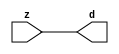

//------> /package/eda/mg/Catapult_10.3d/Mgc_home/pkgs/siflibs/mgc_in_wire_v2.v 
//------------------------------------------------------------------------------
// Catapult Synthesis - Sample I/O Port Library
//
// Copyright (c) 2003-2017 Mentor Graphics Corp.
//       All Rights Reserved
//
// This document may be used and distributed without restriction provided that
// this copyright statement is not removed from the file and that any derivative
// work contains this copyright notice.
//
// The design information contained in this file is intended to be an example
// of the functionality which the end user may study in preparation for creating
// their own custom interfaces. This design does not necessarily present a 
// complete implementation of the named protocol or standard.
//
//------------------------------------------------------------------------------


module mgc_in_wire_v2 (d, z);

  parameter integer rscid = 1;
  parameter integer width = 8;

  output [width-1:0] d;
  input  [width-1:0] z;

  wire   [width-1:0] d;

  assign d = z;

endmodule


//------> /package/eda/mg/Catapult_10.3d/Mgc_home/pkgs/siflibs/ccs_in_v1.v 
//------------------------------------------------------------------------------
// Catapult Synthesis - Sample I/O Port Library
//
// Copyright (c) 2003-2017 Mentor Graphics Corp.
//       All Rights Reserved
//
// This document may be used and distributed without restriction provided that
// this copyright statement is not removed from the file and that any derivative
// work contains this copyright notice.
//
// The design information contained in this file is intended to be an example
// of the functionality which the end user may study in preparation for creating
// their own custom interfaces. This design does not necessarily present a 
// complete implementation of the named protocol or standard.
//
//------------------------------------------------------------------------------


module ccs_in_v1 (idat, dat);

  parameter integer rscid = 1;
  parameter integer width = 8;

  output [width-1:0] idat;
  input  [width-1:0] dat;

  wire   [width-1:0] idat;

  assign idat = dat;

endmodule


//------> /package/eda/mg/Catapult_10.3d/Mgc_home/pkgs/siflibs/ccs_out_v1.v 
//------------------------------------------------------------------------------
// Catapult Synthesis - Sample I/O Port Library
//
// Copyright (c) 2003-2015 Mentor Graphics Corp.
//       All Rights Reserved
//
// This document may be used and distributed without restriction provided that
// this copyright statement is not removed from the file and that any derivative
// work contains this copyright notice.
//
// The design information contained in this file is intended to be an example
// of the functionality which the end user may study in preparation for creating
// their own custom interfaces. This design does not necessarily present a 
// complete implementation of the named protocol or standard.
//
//------------------------------------------------------------------------------

module ccs_out_v1 (dat, idat);

  parameter integer rscid = 1;
  parameter integer width = 8;

  output   [width-1:0] dat;
  input    [width-1:0] idat;

  wire     [width-1:0] dat;

  assign dat = idat;

endmodule




//------> /package/eda/mg/Catapult_10.3d/Mgc_home/pkgs/siflibs/mgc_io_sync_v2.v 
//------------------------------------------------------------------------------
// Catapult Synthesis - Sample I/O Port Library
//
// Copyright (c) 2003-2017 Mentor Graphics Corp.
//       All Rights Reserved
//
// This document may be used and distributed without restriction provided that
// this copyright statement is not removed from the file and that any derivative
// work contains this copyright notice.
//
// The design information contained in this file is intended to be an example
// of the functionality which the end user may study in preparation for creating
// their own custom interfaces. This design does not necessarily present a 
// complete implementation of the named protocol or standard.
//
//------------------------------------------------------------------------------


module mgc_io_sync_v2 (ld, lz);
    parameter valid = 0;

    input  ld;
    output lz;

    wire   lz;

    assign lz = ld;

endmodule


//------> ./rtl.v 
// ----------------------------------------------------------------------
//  HLS HDL:        Verilog Netlister
//  HLS Version:    10.3d/815731 Production Release
//  HLS Date:       Wed Apr 24 14:54:19 PDT 2019
// 
//  Generated by:   695r48@ecegrid-thin4.ecn.purdue.edu
//  Generated date: Sat Nov 13 22:52:56 2021
// ----------------------------------------------------------------------

// 
// ------------------------------------------------------------------
//  Design Unit:    fir_core_core_fsm
//  FSM Module
// ------------------------------------------------------------------


module fir_core_core_fsm (
  clk, rst, fsm_output
);
  input clk;
  input rst;
  output [13:0] fsm_output;
  reg [13:0] fsm_output;


  // FSM State Type Declaration for fir_core_core_fsm_1
  parameter
    main_C_0 = 4'd0,
    main_C_1 = 4'd1,
    main_C_2 = 4'd2,
    main_C_3 = 4'd3,
    main_C_4 = 4'd4,
    main_C_5 = 4'd5,
    main_C_6 = 4'd6,
    main_C_7 = 4'd7,
    main_C_8 = 4'd8,
    main_C_9 = 4'd9,
    main_C_10 = 4'd10,
    main_C_11 = 4'd11,
    main_C_12 = 4'd12,
    main_C_13 = 4'd13;

  reg [3:0] state_var;
  reg [3:0] state_var_NS;


  // Interconnect Declarations for Component Instantiations 
  always @(*)
  begin : fir_core_core_fsm_1
    case (state_var)
      main_C_1 : begin
        fsm_output = 14'b00000000000010;
        state_var_NS = main_C_2;
      end
      main_C_2 : begin
        fsm_output = 14'b00000000000100;
        state_var_NS = main_C_3;
      end
      main_C_3 : begin
        fsm_output = 14'b00000000001000;
        state_var_NS = main_C_4;
      end
      main_C_4 : begin
        fsm_output = 14'b00000000010000;
        state_var_NS = main_C_5;
      end
      main_C_5 : begin
        fsm_output = 14'b00000000100000;
        state_var_NS = main_C_6;
      end
      main_C_6 : begin
        fsm_output = 14'b00000001000000;
        state_var_NS = main_C_7;
      end
      main_C_7 : begin
        fsm_output = 14'b00000010000000;
        state_var_NS = main_C_8;
      end
      main_C_8 : begin
        fsm_output = 14'b00000100000000;
        state_var_NS = main_C_9;
      end
      main_C_9 : begin
        fsm_output = 14'b00001000000000;
        state_var_NS = main_C_10;
      end
      main_C_10 : begin
        fsm_output = 14'b00010000000000;
        state_var_NS = main_C_11;
      end
      main_C_11 : begin
        fsm_output = 14'b00100000000000;
        state_var_NS = main_C_12;
      end
      main_C_12 : begin
        fsm_output = 14'b01000000000000;
        state_var_NS = main_C_13;
      end
      main_C_13 : begin
        fsm_output = 14'b10000000000000;
        state_var_NS = main_C_0;
      end
      // main_C_0
      default : begin
        fsm_output = 14'b00000000000001;
        state_var_NS = main_C_1;
      end
    endcase
  end

  always @(posedge clk) begin
    if ( rst ) begin
      state_var <= main_C_0;
    end
    else begin
      state_var <= state_var_NS;
    end
  end

endmodule

// ------------------------------------------------------------------
//  Design Unit:    fir_core
// ------------------------------------------------------------------


module fir_core (
  clk, rst, coeffs_rsc_z, coeffs_rsc_triosy_lz, in1_rsc_dat, in1_rsc_triosy_lz, out1_rsc_dat,
      out1_rsc_triosy_lz
);
  input clk;
  input rst;
  input [511:0] coeffs_rsc_z;
  output coeffs_rsc_triosy_lz;
  input [15:0] in1_rsc_dat;
  output in1_rsc_triosy_lz;
  output [15:0] out1_rsc_dat;
  output out1_rsc_triosy_lz;


  // Interconnect Declarations
  wire [511:0] coeffs_rsci_d;
  wire [15:0] in1_rsci_idat;
  reg [15:0] out1_rsci_idat;
  reg out1_rsc_triosy_obj_ld;
  wire [13:0] fsm_output;
  reg [463:0] reg_MAC_io_read_coeffs_rsc_ftd_48;
  reg reg_in1_rsc_triosy_obj_ld_cse;
  reg [15:0] reg_MAC_asn_87_cse;
  reg [15:0] reg_MAC_asn_86_cse;
  reg [15:0] reg_MAC_asn_85_cse;
  reg [15:0] reg_MAC_asn_84_cse;
  reg [15:0] reg_MAC_asn_83_cse;
  reg [15:0] reg_MAC_asn_82_cse;
  reg [15:0] reg_MAC_asn_81_cse;
  reg [15:0] reg_MAC_asn_80_cse;
  reg [15:0] reg_MAC_asn_79_cse;
  reg [15:0] reg_MAC_asn_78_cse;
  reg [15:0] reg_MAC_asn_77_cse;
  reg [15:0] reg_MAC_asn_76_cse;
  reg [15:0] reg_MAC_asn_75_cse;
  reg [15:0] reg_MAC_asn_74_cse;
  reg [15:0] reg_MAC_asn_73_cse;
  reg [15:0] reg_MAC_asn_72_cse;
  reg [15:0] reg_MAC_asn_71_cse;
  reg [15:0] reg_MAC_asn_70_cse;
  reg [15:0] reg_MAC_asn_69_cse;
  reg [15:0] reg_MAC_asn_68_cse;
  reg [15:0] reg_MAC_asn_67_cse;
  reg [15:0] reg_MAC_asn_66_cse;
  reg [15:0] reg_MAC_asn_65_cse;
  reg [15:0] reg_MAC_asn_64_cse;
  reg [15:0] reg_MAC_asn_63_cse;
  reg [15:0] reg_MAC_asn_62_cse;
  wire [29:0] z_out;
  wire [30:0] nl_z_out;
  wire [29:0] z_out_1;
  wire [30:0] nl_z_out_1;
  wire [29:0] z_out_2;
  wire signed [31:0] nl_z_out_2;
  wire [29:0] z_out_3;
  wire signed [31:0] nl_z_out_3;
  wire [29:0] z_out_4;
  wire signed [31:0] nl_z_out_4;
  wire [29:0] z_out_5;
  wire signed [31:0] nl_z_out_5;
  wire [29:0] z_out_6;
  wire signed [31:0] nl_z_out_6;
  wire [29:0] z_out_7;
  wire signed [31:0] nl_z_out_7;
  wire [29:0] z_out_8;
  wire signed [31:0] nl_z_out_8;
  reg [15:0] regs_2_sva;
  reg [15:0] regs_29_sva;
  reg [15:0] regs_1_sva;
  reg [15:0] regs_30_sva;
  reg [15:0] regs_0_sva;
  reg [29:0] MAC_acc_25_itm;
  reg [29:0] MAC_acc_15_itm;
  reg [29:0] MAC_acc_13_itm;
  reg [29:0] MAC_13_mul_itm;
  reg [29:0] MAC_acc_10_itm;
  reg [29:0] MAC_28_mul_itm;
  reg [15:0] MAC_asn_90_itm;
  reg [29:0] MAC_acc_26_itm;
  wire MAC_acc_13_itm_mx0c2;
  wire [29:0] MAC_acc_22_mx0w0;
  wire [30:0] nl_MAC_acc_22_mx0w0;

  wire[29:0] MAC_acc_4_nl;
  wire[30:0] nl_MAC_acc_4_nl;
  wire[29:0] MAC_acc_nl;
  wire[30:0] nl_MAC_acc_nl;
  wire[29:0] MAC_acc_30_nl;
  wire[30:0] nl_MAC_acc_30_nl;
  wire[29:0] MAC_acc_19_nl;
  wire[30:0] nl_MAC_acc_19_nl;
  wire[29:0] MAC_acc_18_nl;
  wire[30:0] nl_MAC_acc_18_nl;
  wire[29:0] MAC_31_mul_nl;
  wire signed [31:0] nl_MAC_31_mul_nl;
  wire[29:0] MAC_32_mul_nl;
  wire signed [31:0] nl_MAC_32_mul_nl;
  wire[29:0] MAC_acc_16_nl;
  wire[30:0] nl_MAC_acc_16_nl;
  wire[29:0] MAC_3_mul_nl;
  wire signed [31:0] nl_MAC_3_mul_nl;
  wire[29:0] MAC_4_mul_nl;
  wire signed [31:0] nl_MAC_4_mul_nl;
  wire[29:0] MAC_acc_14_nl;
  wire[30:0] nl_MAC_acc_14_nl;
  wire[29:0] MAC_8_mul_nl;
  wire signed [31:0] nl_MAC_8_mul_nl;
  wire[29:0] MAC_acc_12_nl;
  wire[30:0] nl_MAC_acc_12_nl;
  wire[29:0] MAC_11_mul_nl;
  wire signed [31:0] nl_MAC_11_mul_nl;
  wire[29:0] MAC_12_mul_nl;
  wire signed [31:0] nl_MAC_12_mul_nl;
  wire[29:0] MAC_acc_10_nl;
  wire[30:0] nl_MAC_acc_10_nl;
  wire[29:0] MAC_15_mul_nl;
  wire signed [31:0] nl_MAC_15_mul_nl;
  wire[29:0] MAC_16_mul_nl;
  wire signed [31:0] nl_MAC_16_mul_nl;
  wire[29:0] MAC_acc_8_nl;
  wire[30:0] nl_MAC_acc_8_nl;
  wire[29:0] MAC_20_mul_nl;
  wire signed [31:0] nl_MAC_20_mul_nl;
  wire[29:0] MAC_acc_6_nl;
  wire[30:0] nl_MAC_acc_6_nl;
  wire[29:0] MAC_23_mul_nl;
  wire signed [31:0] nl_MAC_23_mul_nl;
  wire[29:0] MAC_24_mul_nl;
  wire signed [31:0] nl_MAC_24_mul_nl;
  wire[29:0] MAC_acc_17_nl;
  wire[30:0] nl_MAC_acc_17_nl;
  wire[29:0] MAC_2_mul_nl;
  wire signed [31:0] nl_MAC_2_mul_nl;
  wire[29:0] MAC_acc_11_nl;
  wire[30:0] nl_MAC_acc_11_nl;
  wire[29:0] MAC_14_mul_nl;
  wire signed [31:0] nl_MAC_14_mul_nl;
  wire[29:0] MAC_acc_27_nl;
  wire[30:0] nl_MAC_acc_27_nl;
  wire[0:0] MAC_or_10_nl;
  wire[29:0] MAC_acc_3_nl;
  wire[30:0] nl_MAC_acc_3_nl;
  wire[29:0] MAC_acc_13_nl;
  wire[30:0] nl_MAC_acc_13_nl;
  wire[29:0] MAC_acc_9_nl;
  wire[30:0] nl_MAC_acc_9_nl;
  wire[29:0] MAC_acc_5_nl;
  wire[30:0] nl_MAC_acc_5_nl;
  wire[29:0] MAC_acc_7_nl;
  wire[30:0] nl_MAC_acc_7_nl;
  wire[29:0] MAC_acc_15_nl;
  wire[30:0] nl_MAC_acc_15_nl;
  wire[29:0] MAC_acc_29_nl;
  wire[30:0] nl_MAC_acc_29_nl;
  wire[29:0] MAC_acc_32_nl;
  wire[30:0] nl_MAC_acc_32_nl;
  wire[29:0] MAC_mux_16_nl;
  wire[29:0] MAC_mux_17_nl;
  wire[0:0] MAC_or_11_nl;
  wire[29:0] MAC_mux_18_nl;
  wire[0:0] or_128_nl;
  wire[15:0] MAC_mux1h_8_nl;
  wire[15:0] MAC_mux1h_9_nl;
  wire[15:0] MAC_mux_19_nl;
  wire[15:0] MAC_mux_20_nl;
  wire[15:0] MAC_mux_21_nl;
  wire[15:0] MAC_mux_22_nl;
  wire[15:0] MAC_mux_23_nl;
  wire[15:0] MAC_mux_24_nl;
  wire[15:0] MAC_mux_25_nl;
  wire[15:0] MAC_mux_26_nl;
  wire[15:0] MAC_mux_27_nl;
  wire[15:0] MAC_mux_28_nl;
  wire[15:0] MAC_mux_29_nl;
  wire[15:0] MAC_mux_30_nl;

  // Interconnect Declarations for Component Instantiations 
  mgc_in_wire_v2 #(.rscid(32'sd1),
  .width(32'sd512)) coeffs_rsci (
      .d(coeffs_rsci_d),
      .z(coeffs_rsc_z)
    );
  ccs_in_v1 #(.rscid(32'sd2),
  .width(32'sd16)) in1_rsci (
      .dat(in1_rsc_dat),
      .idat(in1_rsci_idat)
    );
  ccs_out_v1 #(.rscid(32'sd3),
  .width(32'sd16)) out1_rsci (
      .idat(out1_rsci_idat),
      .dat(out1_rsc_dat)
    );
  mgc_io_sync_v2 #(.valid(32'sd0)) coeffs_rsc_triosy_obj (
      .ld(reg_in1_rsc_triosy_obj_ld_cse),
      .lz(coeffs_rsc_triosy_lz)
    );
  mgc_io_sync_v2 #(.valid(32'sd0)) in1_rsc_triosy_obj (
      .ld(reg_in1_rsc_triosy_obj_ld_cse),
      .lz(in1_rsc_triosy_lz)
    );
  mgc_io_sync_v2 #(.valid(32'sd0)) out1_rsc_triosy_obj (
      .ld(out1_rsc_triosy_obj_ld),
      .lz(out1_rsc_triosy_lz)
    );
  fir_core_core_fsm fir_core_core_fsm_inst (
      .clk(clk),
      .rst(rst),
      .fsm_output(fsm_output)
    );
  assign nl_MAC_acc_22_mx0w0 = MAC_13_mul_itm + MAC_acc_10_itm;
  assign MAC_acc_22_mx0w0 = nl_MAC_acc_22_mx0w0[29:0];
  assign MAC_acc_13_itm_mx0c2 = (fsm_output[9]) | (fsm_output[6]);
  always @(posedge clk) begin
    if ( rst ) begin
      out1_rsci_idat <= 16'b0000000000000000;
    end
    else if ( fsm_output[12] ) begin
      out1_rsci_idat <= z_out[29:14];
    end
  end
  always @(posedge clk) begin
    if ( rst ) begin
      reg_MAC_asn_85_cse <= 16'b0000000000000000;
    end
    else if ( fsm_output[13] ) begin
      reg_MAC_asn_85_cse <= reg_MAC_asn_84_cse;
    end
  end
  always @(posedge clk) begin
    if ( rst ) begin
      reg_MAC_asn_84_cse <= 16'b0000000000000000;
    end
    else if ( fsm_output[13] ) begin
      reg_MAC_asn_84_cse <= reg_MAC_asn_83_cse;
    end
  end
  always @(posedge clk) begin
    if ( rst ) begin
      reg_MAC_asn_83_cse <= 16'b0000000000000000;
    end
    else if ( fsm_output[13] ) begin
      reg_MAC_asn_83_cse <= reg_MAC_asn_82_cse;
    end
  end
  always @(posedge clk) begin
    if ( rst ) begin
      reg_MAC_asn_81_cse <= 16'b0000000000000000;
    end
    else if ( fsm_output[13] ) begin
      reg_MAC_asn_81_cse <= reg_MAC_asn_80_cse;
    end
  end
  always @(posedge clk) begin
    if ( rst ) begin
      reg_MAC_asn_82_cse <= 16'b0000000000000000;
    end
    else if ( fsm_output[13] ) begin
      reg_MAC_asn_82_cse <= reg_MAC_asn_81_cse;
    end
  end
  always @(posedge clk) begin
    if ( rst ) begin
      reg_MAC_asn_79_cse <= 16'b0000000000000000;
    end
    else if ( fsm_output[13] ) begin
      reg_MAC_asn_79_cse <= reg_MAC_asn_78_cse;
    end
  end
  always @(posedge clk) begin
    if ( rst ) begin
      reg_MAC_asn_80_cse <= 16'b0000000000000000;
    end
    else if ( fsm_output[13] ) begin
      reg_MAC_asn_80_cse <= reg_MAC_asn_79_cse;
    end
  end
  always @(posedge clk) begin
    if ( rst ) begin
      reg_MAC_asn_78_cse <= 16'b0000000000000000;
    end
    else if ( fsm_output[13] ) begin
      reg_MAC_asn_78_cse <= reg_MAC_asn_77_cse;
    end
  end
  always @(posedge clk) begin
    if ( rst ) begin
      reg_MAC_asn_77_cse <= 16'b0000000000000000;
    end
    else if ( fsm_output[13] ) begin
      reg_MAC_asn_77_cse <= reg_MAC_asn_76_cse;
    end
  end
  always @(posedge clk) begin
    if ( rst ) begin
      reg_MAC_asn_75_cse <= 16'b0000000000000000;
    end
    else if ( fsm_output[13] ) begin
      reg_MAC_asn_75_cse <= reg_MAC_asn_74_cse;
    end
  end
  always @(posedge clk) begin
    if ( rst ) begin
      reg_MAC_asn_76_cse <= 16'b0000000000000000;
    end
    else if ( fsm_output[13] ) begin
      reg_MAC_asn_76_cse <= reg_MAC_asn_75_cse;
    end
  end
  always @(posedge clk) begin
    if ( rst ) begin
      reg_MAC_asn_73_cse <= 16'b0000000000000000;
    end
    else if ( fsm_output[13] ) begin
      reg_MAC_asn_73_cse <= reg_MAC_asn_72_cse;
    end
  end
  always @(posedge clk) begin
    if ( rst ) begin
      reg_MAC_asn_74_cse <= 16'b0000000000000000;
    end
    else if ( fsm_output[13] ) begin
      reg_MAC_asn_74_cse <= reg_MAC_asn_73_cse;
    end
  end
  always @(posedge clk) begin
    if ( rst ) begin
      reg_MAC_asn_72_cse <= 16'b0000000000000000;
    end
    else if ( fsm_output[13] ) begin
      reg_MAC_asn_72_cse <= reg_MAC_asn_71_cse;
    end
  end
  always @(posedge clk) begin
    if ( rst ) begin
      reg_MAC_asn_71_cse <= 16'b0000000000000000;
    end
    else if ( fsm_output[13] ) begin
      reg_MAC_asn_71_cse <= reg_MAC_asn_70_cse;
    end
  end
  always @(posedge clk) begin
    if ( rst ) begin
      reg_MAC_asn_69_cse <= 16'b0000000000000000;
    end
    else if ( fsm_output[13] ) begin
      reg_MAC_asn_69_cse <= reg_MAC_asn_68_cse;
    end
  end
  always @(posedge clk) begin
    if ( rst ) begin
      reg_MAC_asn_70_cse <= 16'b0000000000000000;
    end
    else if ( fsm_output[13] ) begin
      reg_MAC_asn_70_cse <= reg_MAC_asn_69_cse;
    end
  end
  always @(posedge clk) begin
    if ( rst ) begin
      reg_MAC_asn_67_cse <= 16'b0000000000000000;
    end
    else if ( fsm_output[13] ) begin
      reg_MAC_asn_67_cse <= reg_MAC_asn_66_cse;
    end
  end
  always @(posedge clk) begin
    if ( rst ) begin
      reg_MAC_asn_68_cse <= 16'b0000000000000000;
    end
    else if ( fsm_output[13] ) begin
      reg_MAC_asn_68_cse <= reg_MAC_asn_67_cse;
    end
  end
  always @(posedge clk) begin
    if ( rst ) begin
      reg_MAC_asn_66_cse <= 16'b0000000000000000;
    end
    else if ( fsm_output[13] ) begin
      reg_MAC_asn_66_cse <= reg_MAC_asn_65_cse;
    end
  end
  always @(posedge clk) begin
    if ( rst ) begin
      reg_MAC_asn_65_cse <= 16'b0000000000000000;
    end
    else if ( fsm_output[13] ) begin
      reg_MAC_asn_65_cse <= reg_MAC_asn_64_cse;
    end
  end
  always @(posedge clk) begin
    if ( rst ) begin
      reg_MAC_asn_63_cse <= 16'b0000000000000000;
    end
    else if ( fsm_output[13] ) begin
      reg_MAC_asn_63_cse <= reg_MAC_asn_62_cse;
    end
  end
  always @(posedge clk) begin
    if ( rst ) begin
      reg_MAC_asn_64_cse <= 16'b0000000000000000;
    end
    else if ( fsm_output[13] ) begin
      reg_MAC_asn_64_cse <= reg_MAC_asn_63_cse;
    end
  end
  always @(posedge clk) begin
    if ( rst ) begin
      regs_2_sva <= 16'b0000000000000000;
    end
    else if ( fsm_output[13] ) begin
      regs_2_sva <= regs_1_sva;
    end
  end
  always @(posedge clk) begin
    if ( rst ) begin
      reg_MAC_asn_62_cse <= 16'b0000000000000000;
    end
    else if ( fsm_output[13] ) begin
      reg_MAC_asn_62_cse <= regs_2_sva;
    end
  end
  always @(posedge clk) begin
    if ( rst ) begin
      regs_1_sva <= 16'b0000000000000000;
    end
    else if ( fsm_output[0] ) begin
      regs_1_sva <= regs_0_sva;
    end
  end
  always @(posedge clk) begin
    if ( rst ) begin
      reg_MAC_asn_87_cse <= 16'b0000000000000000;
    end
    else if ( fsm_output[13] ) begin
      reg_MAC_asn_87_cse <= reg_MAC_asn_86_cse;
    end
  end
  always @(posedge clk) begin
    if ( rst ) begin
      reg_MAC_asn_86_cse <= 16'b0000000000000000;
    end
    else if ( fsm_output[13] ) begin
      reg_MAC_asn_86_cse <= reg_MAC_asn_85_cse;
    end
  end
  always @(posedge clk) begin
    if ( rst ) begin
      out1_rsc_triosy_obj_ld <= 1'b0;
      reg_in1_rsc_triosy_obj_ld_cse <= 1'b0;
      MAC_asn_90_itm <= 16'b0000000000000000;
      MAC_13_mul_itm <= 30'b000000000000000000000000000000;
    end
    else begin
      out1_rsc_triosy_obj_ld <= fsm_output[12];
      reg_in1_rsc_triosy_obj_ld_cse <= fsm_output[0];
      MAC_asn_90_itm <= MUX_v_16_2_2(in1_rsci_idat, regs_30_sva, fsm_output[13]);
      MAC_13_mul_itm <= MUX1HOT_v_30_4_2(z_out_2, (MAC_acc_17_nl), (MAC_acc_11_nl),
          (MAC_acc_27_nl), {(MAC_or_10_nl) , (fsm_output[2]) , (fsm_output[6]) ,
          (fsm_output[10])});
    end
  end
  always @(posedge clk) begin
    if ( rst ) begin
      regs_0_sva <= 16'b0000000000000000;
    end
    else if ( fsm_output[1] ) begin
      regs_0_sva <= MAC_asn_90_itm;
    end
  end
  always @(posedge clk) begin
    if ( rst ) begin
      regs_30_sva <= 16'b0000000000000000;
    end
    else if ( fsm_output[13] ) begin
      regs_30_sva <= regs_29_sva;
    end
  end
  always @(posedge clk) begin
    if ( rst ) begin
      regs_29_sva <= 16'b0000000000000000;
    end
    else if ( fsm_output[13] ) begin
      regs_29_sva <= reg_MAC_asn_87_cse;
    end
  end
  always @(posedge clk) begin
    if ( rst ) begin
      MAC_28_mul_itm <= 30'b000000000000000000000000000000;
    end
    else if ( (fsm_output[1]) | (fsm_output[0]) | (fsm_output[11]) | (fsm_output[10])
        ) begin
      MAC_28_mul_itm <= MUX1HOT_v_30_4_2(z_out_2, z_out_3, (MAC_acc_4_nl), (MAC_acc_nl),
          {(fsm_output[0]) , (fsm_output[1]) , (fsm_output[10]) , (fsm_output[11])});
    end
  end
  always @(posedge clk) begin
    if ( rst ) begin
      MAC_acc_10_itm <= 30'b000000000000000000000000000000;
    end
    else if ( (fsm_output[0]) | (fsm_output[2]) | (fsm_output[4]) | (fsm_output[5])
        | (fsm_output[6]) | (fsm_output[8]) | (fsm_output[9]) ) begin
      MAC_acc_10_itm <= MUX1HOT_v_30_7_2((MAC_acc_18_nl), (MAC_acc_16_nl), (MAC_acc_14_nl),
          (MAC_acc_12_nl), (MAC_acc_10_nl), (MAC_acc_8_nl), (MAC_acc_6_nl), {(fsm_output[0])
          , (fsm_output[2]) , (fsm_output[4]) , (fsm_output[5]) , (fsm_output[6])
          , (fsm_output[8]) , (fsm_output[9])});
    end
  end
  always @(posedge clk) begin
    if ( rst ) begin
      MAC_acc_13_itm <= 30'b000000000000000000000000000000;
    end
    else if ( (fsm_output[1]) | (fsm_output[10]) | (fsm_output[4]) | (fsm_output[7])
        | MAC_acc_13_itm_mx0c2 ) begin
      MAC_acc_13_itm <= MUX1HOT_v_30_5_2((MAC_acc_3_nl), (MAC_acc_13_nl), z_out_1,
          (MAC_acc_9_nl), (MAC_acc_5_nl), {(fsm_output[1]) , (fsm_output[4]) , MAC_acc_13_itm_mx0c2
          , (fsm_output[7]) , (fsm_output[10])});
    end
  end
  always @(posedge clk) begin
    if ( rst ) begin
      MAC_acc_26_itm <= 30'b000000000000000000000000000000;
    end
    else if ( fsm_output[2] ) begin
      MAC_acc_26_itm <= z_out_1;
    end
  end
  always @(posedge clk) begin
    if ( rst ) begin
      MAC_acc_25_itm <= 30'b000000000000000000000000000000;
    end
    else if ( (fsm_output[8]) | (fsm_output[3]) ) begin
      MAC_acc_25_itm <= MUX_v_30_2_2(MAC_acc_22_mx0w0, (MAC_acc_7_nl), fsm_output[8]);
    end
  end
  always @(posedge clk) begin
    if ( rst ) begin
      MAC_acc_15_itm <= 30'b000000000000000000000000000000;
    end
    else if ( (fsm_output[5]) | (fsm_output[7]) | (fsm_output[3]) ) begin
      MAC_acc_15_itm <= MUX1HOT_v_30_3_2((MAC_acc_15_nl), (MAC_acc_29_nl), (MAC_acc_32_nl),
          {(fsm_output[3]) , (fsm_output[5]) , (fsm_output[7])});
    end
  end
  always @(posedge clk) begin
    if ( rst ) begin
      reg_MAC_io_read_coeffs_rsc_ftd_48 <= 464'b00000000000000000000000000000000000000000000000000000000000000000000000000000000000000000000000000000000000000000000000000000000000000000000000000000000000000000000000000000000000000000000000000000000000000000000000000000000000000000000000000000000000000000000000000000000000000000000000000000000000000000000000000000000000000000000000000000000000000000000000000000000000000000000000000000000000000000000000000000000000000000000000000000000000000000000000000000000;
    end
    else if ( fsm_output[0] ) begin
      reg_MAC_io_read_coeffs_rsc_ftd_48 <= coeffs_rsci_d[463:0];
    end
  end
  assign nl_MAC_2_mul_nl = $signed(regs_1_sva) * $signed((reg_MAC_io_read_coeffs_rsc_ftd_48[31:16]));
  assign MAC_2_mul_nl = nl_MAC_2_mul_nl[29:0];
  assign nl_MAC_acc_17_nl = MAC_13_mul_itm + (MAC_2_mul_nl);
  assign MAC_acc_17_nl = nl_MAC_acc_17_nl[29:0];
  assign nl_MAC_14_mul_nl = $signed(reg_MAC_asn_72_cse) * $signed((reg_MAC_io_read_coeffs_rsc_ftd_48[223:208]));
  assign MAC_14_mul_nl = nl_MAC_14_mul_nl[29:0];
  assign nl_MAC_acc_11_nl = MAC_13_mul_itm + (MAC_14_mul_nl);
  assign MAC_acc_11_nl = nl_MAC_acc_11_nl[29:0];
  assign nl_MAC_acc_27_nl = MAC_acc_13_itm + z_out;
  assign MAC_acc_27_nl = nl_MAC_acc_27_nl[29:0];
  assign MAC_or_10_nl = (fsm_output[1]) | (fsm_output[3]) | (fsm_output[5]) | (fsm_output[7])
      | (fsm_output[9]);
  assign nl_MAC_acc_4_nl = z_out_4 + MAC_28_mul_itm;
  assign MAC_acc_4_nl = nl_MAC_acc_4_nl[29:0];
  assign nl_MAC_acc_19_nl = MAC_acc_13_itm + MAC_28_mul_itm;
  assign MAC_acc_19_nl = nl_MAC_acc_19_nl[29:0];
  assign nl_MAC_acc_30_nl = (MAC_acc_19_nl) + MAC_acc_26_itm;
  assign MAC_acc_30_nl = nl_MAC_acc_30_nl[29:0];
  assign nl_MAC_acc_nl = MAC_13_mul_itm + (MAC_acc_30_nl);
  assign MAC_acc_nl = nl_MAC_acc_nl[29:0];
  assign nl_MAC_31_mul_nl = $signed(regs_30_sva) * $signed((coeffs_rsci_d[495:480]));
  assign MAC_31_mul_nl = nl_MAC_31_mul_nl[29:0];
  assign nl_MAC_32_mul_nl = $signed(MAC_asn_90_itm) * $signed((coeffs_rsci_d[511:496]));
  assign MAC_32_mul_nl = nl_MAC_32_mul_nl[29:0];
  assign nl_MAC_acc_18_nl = (MAC_31_mul_nl) + (MAC_32_mul_nl);
  assign MAC_acc_18_nl = nl_MAC_acc_18_nl[29:0];
  assign nl_MAC_3_mul_nl = $signed(regs_2_sva) * $signed((reg_MAC_io_read_coeffs_rsc_ftd_48[47:32]));
  assign MAC_3_mul_nl = nl_MAC_3_mul_nl[29:0];
  assign nl_MAC_4_mul_nl = $signed(reg_MAC_asn_62_cse) * $signed((reg_MAC_io_read_coeffs_rsc_ftd_48[63:48]));
  assign MAC_4_mul_nl = nl_MAC_4_mul_nl[29:0];
  assign nl_MAC_acc_16_nl = (MAC_3_mul_nl) + (MAC_4_mul_nl);
  assign MAC_acc_16_nl = nl_MAC_acc_16_nl[29:0];
  assign nl_MAC_8_mul_nl = $signed(reg_MAC_asn_66_cse) * $signed((reg_MAC_io_read_coeffs_rsc_ftd_48[127:112]));
  assign MAC_8_mul_nl = nl_MAC_8_mul_nl[29:0];
  assign nl_MAC_acc_14_nl = MAC_13_mul_itm + (MAC_8_mul_nl);
  assign MAC_acc_14_nl = nl_MAC_acc_14_nl[29:0];
  assign nl_MAC_11_mul_nl = $signed(reg_MAC_asn_69_cse) * $signed((reg_MAC_io_read_coeffs_rsc_ftd_48[175:160]));
  assign MAC_11_mul_nl = nl_MAC_11_mul_nl[29:0];
  assign nl_MAC_12_mul_nl = $signed(reg_MAC_asn_70_cse) * $signed((reg_MAC_io_read_coeffs_rsc_ftd_48[191:176]));
  assign MAC_12_mul_nl = nl_MAC_12_mul_nl[29:0];
  assign nl_MAC_acc_12_nl = (MAC_11_mul_nl) + (MAC_12_mul_nl);
  assign MAC_acc_12_nl = nl_MAC_acc_12_nl[29:0];
  assign nl_MAC_15_mul_nl = $signed(reg_MAC_asn_73_cse) * $signed((reg_MAC_io_read_coeffs_rsc_ftd_48[239:224]));
  assign MAC_15_mul_nl = nl_MAC_15_mul_nl[29:0];
  assign nl_MAC_16_mul_nl = $signed(reg_MAC_asn_74_cse) * $signed((reg_MAC_io_read_coeffs_rsc_ftd_48[255:240]));
  assign MAC_16_mul_nl = nl_MAC_16_mul_nl[29:0];
  assign nl_MAC_acc_10_nl = (MAC_15_mul_nl) + (MAC_16_mul_nl);
  assign MAC_acc_10_nl = nl_MAC_acc_10_nl[29:0];
  assign nl_MAC_20_mul_nl = $signed(reg_MAC_asn_78_cse) * $signed((reg_MAC_io_read_coeffs_rsc_ftd_48[319:304]));
  assign MAC_20_mul_nl = nl_MAC_20_mul_nl[29:0];
  assign nl_MAC_acc_8_nl = MAC_13_mul_itm + (MAC_20_mul_nl);
  assign MAC_acc_8_nl = nl_MAC_acc_8_nl[29:0];
  assign nl_MAC_23_mul_nl = $signed(reg_MAC_asn_81_cse) * $signed((reg_MAC_io_read_coeffs_rsc_ftd_48[367:352]));
  assign MAC_23_mul_nl = nl_MAC_23_mul_nl[29:0];
  assign nl_MAC_24_mul_nl = $signed(reg_MAC_asn_82_cse) * $signed((reg_MAC_io_read_coeffs_rsc_ftd_48[383:368]));
  assign MAC_24_mul_nl = nl_MAC_24_mul_nl[29:0];
  assign nl_MAC_acc_6_nl = (MAC_23_mul_nl) + (MAC_24_mul_nl);
  assign MAC_acc_6_nl = nl_MAC_acc_6_nl[29:0];
  assign nl_MAC_acc_3_nl = z_out_8 + MAC_28_mul_itm;
  assign MAC_acc_3_nl = nl_MAC_acc_3_nl[29:0];
  assign nl_MAC_acc_13_nl = z_out_4 + z_out_5;
  assign MAC_acc_13_nl = nl_MAC_acc_13_nl[29:0];
  assign nl_MAC_acc_9_nl = z_out_7 + z_out_6;
  assign MAC_acc_9_nl = nl_MAC_acc_9_nl[29:0];
  assign nl_MAC_acc_5_nl = MAC_13_mul_itm + z_out_5;
  assign MAC_acc_5_nl = nl_MAC_acc_5_nl[29:0];
  assign nl_MAC_acc_7_nl = z_out_8 + z_out_3;
  assign MAC_acc_7_nl = nl_MAC_acc_7_nl[29:0];
  assign nl_MAC_acc_15_nl = z_out_7 + z_out_6;
  assign MAC_acc_15_nl = nl_MAC_acc_15_nl[29:0];
  assign nl_MAC_acc_29_nl = MAC_acc_25_itm + z_out;
  assign MAC_acc_29_nl = nl_MAC_acc_29_nl[29:0];
  assign nl_MAC_acc_32_nl = MAC_acc_15_itm + z_out_1;
  assign MAC_acc_32_nl = nl_MAC_acc_32_nl[29:0];
  assign MAC_mux_16_nl = MUX_v_30_2_2(MAC_acc_15_itm, MAC_acc_25_itm, fsm_output[10]);
  assign MAC_or_11_nl = (fsm_output[10]) | (fsm_output[5]);
  assign MAC_mux_17_nl = MUX_v_30_2_2(MAC_28_mul_itm, MAC_acc_10_itm, MAC_or_11_nl);
  assign nl_z_out = (MAC_mux_16_nl) + (MAC_mux_17_nl);
  assign z_out = nl_z_out[29:0];
  assign or_128_nl = (fsm_output[9]) | (fsm_output[6]) | (fsm_output[2]);
  assign MAC_mux_18_nl = MUX_v_30_2_2(MAC_acc_22_mx0w0, MAC_acc_10_itm, or_128_nl);
  assign nl_z_out_1 = MAC_acc_13_itm + (MAC_mux_18_nl);
  assign z_out_1 = nl_z_out_1[29:0];
  assign MAC_mux1h_8_nl = MUX1HOT_v_16_6_2(regs_29_sva, MAC_asn_90_itm, reg_MAC_asn_65_cse,
      reg_MAC_asn_71_cse, reg_MAC_asn_77_cse, reg_MAC_asn_83_cse, {(fsm_output[0])
      , (fsm_output[1]) , (fsm_output[3]) , (fsm_output[5]) , (fsm_output[7]) , (fsm_output[9])});
  assign MAC_mux1h_9_nl = MUX1HOT_v_16_6_2((coeffs_rsci_d[479:464]), (reg_MAC_io_read_coeffs_rsc_ftd_48[15:0]),
      (reg_MAC_io_read_coeffs_rsc_ftd_48[111:96]), (reg_MAC_io_read_coeffs_rsc_ftd_48[207:192]),
      (reg_MAC_io_read_coeffs_rsc_ftd_48[303:288]), (reg_MAC_io_read_coeffs_rsc_ftd_48[399:384]),
      {(fsm_output[0]) , (fsm_output[1]) , (fsm_output[3]) , (fsm_output[5]) , (fsm_output[7])
      , (fsm_output[9])});
  assign nl_z_out_2 = $signed((MAC_mux1h_8_nl)) * $signed((MAC_mux1h_9_nl));
  assign z_out_2 = nl_z_out_2[29:0];
  assign MAC_mux_19_nl = MUX_v_16_2_2(reg_MAC_asn_86_cse, reg_MAC_asn_80_cse, fsm_output[8]);
  assign MAC_mux_20_nl = MUX_v_16_2_2((reg_MAC_io_read_coeffs_rsc_ftd_48[447:432]),
      (reg_MAC_io_read_coeffs_rsc_ftd_48[351:336]), fsm_output[8]);
  assign nl_z_out_3 = $signed((MAC_mux_19_nl)) * $signed((MAC_mux_20_nl));
  assign z_out_3 = nl_z_out_3[29:0];
  assign MAC_mux_21_nl = MUX_v_16_2_2(reg_MAC_asn_85_cse, reg_MAC_asn_67_cse, fsm_output[4]);
  assign MAC_mux_22_nl = MUX_v_16_2_2((reg_MAC_io_read_coeffs_rsc_ftd_48[431:416]),
      (reg_MAC_io_read_coeffs_rsc_ftd_48[143:128]), fsm_output[4]);
  assign nl_z_out_4 = $signed((MAC_mux_21_nl)) * $signed((MAC_mux_22_nl));
  assign z_out_4 = nl_z_out_4[29:0];
  assign MAC_mux_23_nl = MUX_v_16_2_2(reg_MAC_asn_68_cse, reg_MAC_asn_84_cse, fsm_output[10]);
  assign MAC_mux_24_nl = MUX_v_16_2_2((reg_MAC_io_read_coeffs_rsc_ftd_48[159:144]),
      (reg_MAC_io_read_coeffs_rsc_ftd_48[415:400]), fsm_output[10]);
  assign nl_z_out_5 = $signed((MAC_mux_23_nl)) * $signed((MAC_mux_24_nl));
  assign z_out_5 = nl_z_out_5[29:0];
  assign MAC_mux_25_nl = MUX_v_16_2_2(reg_MAC_asn_76_cse, reg_MAC_asn_64_cse, fsm_output[3]);
  assign MAC_mux_26_nl = MUX_v_16_2_2((reg_MAC_io_read_coeffs_rsc_ftd_48[287:272]),
      (reg_MAC_io_read_coeffs_rsc_ftd_48[95:80]), fsm_output[3]);
  assign nl_z_out_6 = $signed((MAC_mux_25_nl)) * $signed((MAC_mux_26_nl));
  assign z_out_6 = nl_z_out_6[29:0];
  assign MAC_mux_27_nl = MUX_v_16_2_2(reg_MAC_asn_75_cse, reg_MAC_asn_63_cse, fsm_output[3]);
  assign MAC_mux_28_nl = MUX_v_16_2_2((reg_MAC_io_read_coeffs_rsc_ftd_48[271:256]),
      (reg_MAC_io_read_coeffs_rsc_ftd_48[79:64]), fsm_output[3]);
  assign nl_z_out_7 = $signed((MAC_mux_27_nl)) * $signed((MAC_mux_28_nl));
  assign z_out_7 = nl_z_out_7[29:0];
  assign MAC_mux_29_nl = MUX_v_16_2_2(reg_MAC_asn_87_cse, reg_MAC_asn_79_cse, fsm_output[8]);
  assign MAC_mux_30_nl = MUX_v_16_2_2((reg_MAC_io_read_coeffs_rsc_ftd_48[463:448]),
      (reg_MAC_io_read_coeffs_rsc_ftd_48[335:320]), fsm_output[8]);
  assign nl_z_out_8 = $signed((MAC_mux_29_nl)) * $signed((MAC_mux_30_nl));
  assign z_out_8 = nl_z_out_8[29:0];

  function automatic [15:0] MUX1HOT_v_16_6_2;
    input [15:0] input_5;
    input [15:0] input_4;
    input [15:0] input_3;
    input [15:0] input_2;
    input [15:0] input_1;
    input [15:0] input_0;
    input [5:0] sel;
    reg [15:0] result;
  begin
    result = input_0 & {16{sel[0]}};
    result = result | ( input_1 & {16{sel[1]}});
    result = result | ( input_2 & {16{sel[2]}});
    result = result | ( input_3 & {16{sel[3]}});
    result = result | ( input_4 & {16{sel[4]}});
    result = result | ( input_5 & {16{sel[5]}});
    MUX1HOT_v_16_6_2 = result;
  end
  endfunction


  function automatic [29:0] MUX1HOT_v_30_3_2;
    input [29:0] input_2;
    input [29:0] input_1;
    input [29:0] input_0;
    input [2:0] sel;
    reg [29:0] result;
  begin
    result = input_0 & {30{sel[0]}};
    result = result | ( input_1 & {30{sel[1]}});
    result = result | ( input_2 & {30{sel[2]}});
    MUX1HOT_v_30_3_2 = result;
  end
  endfunction


  function automatic [29:0] MUX1HOT_v_30_4_2;
    input [29:0] input_3;
    input [29:0] input_2;
    input [29:0] input_1;
    input [29:0] input_0;
    input [3:0] sel;
    reg [29:0] result;
  begin
    result = input_0 & {30{sel[0]}};
    result = result | ( input_1 & {30{sel[1]}});
    result = result | ( input_2 & {30{sel[2]}});
    result = result | ( input_3 & {30{sel[3]}});
    MUX1HOT_v_30_4_2 = result;
  end
  endfunction


  function automatic [29:0] MUX1HOT_v_30_5_2;
    input [29:0] input_4;
    input [29:0] input_3;
    input [29:0] input_2;
    input [29:0] input_1;
    input [29:0] input_0;
    input [4:0] sel;
    reg [29:0] result;
  begin
    result = input_0 & {30{sel[0]}};
    result = result | ( input_1 & {30{sel[1]}});
    result = result | ( input_2 & {30{sel[2]}});
    result = result | ( input_3 & {30{sel[3]}});
    result = result | ( input_4 & {30{sel[4]}});
    MUX1HOT_v_30_5_2 = result;
  end
  endfunction


  function automatic [29:0] MUX1HOT_v_30_7_2;
    input [29:0] input_6;
    input [29:0] input_5;
    input [29:0] input_4;
    input [29:0] input_3;
    input [29:0] input_2;
    input [29:0] input_1;
    input [29:0] input_0;
    input [6:0] sel;
    reg [29:0] result;
  begin
    result = input_0 & {30{sel[0]}};
    result = result | ( input_1 & {30{sel[1]}});
    result = result | ( input_2 & {30{sel[2]}});
    result = result | ( input_3 & {30{sel[3]}});
    result = result | ( input_4 & {30{sel[4]}});
    result = result | ( input_5 & {30{sel[5]}});
    result = result | ( input_6 & {30{sel[6]}});
    MUX1HOT_v_30_7_2 = result;
  end
  endfunction


  function automatic [15:0] MUX_v_16_2_2;
    input [15:0] input_0;
    input [15:0] input_1;
    input [0:0] sel;
    reg [15:0] result;
  begin
    case (sel)
      1'b0 : begin
        result = input_0;
      end
      default : begin
        result = input_1;
      end
    endcase
    MUX_v_16_2_2 = result;
  end
  endfunction


  function automatic [29:0] MUX_v_30_2_2;
    input [29:0] input_0;
    input [29:0] input_1;
    input [0:0] sel;
    reg [29:0] result;
  begin
    case (sel)
      1'b0 : begin
        result = input_0;
      end
      default : begin
        result = input_1;
      end
    endcase
    MUX_v_30_2_2 = result;
  end
  endfunction

endmodule

// ------------------------------------------------------------------
//  Design Unit:    fir
// ------------------------------------------------------------------


module fir (
  clk, rst, coeffs_rsc_z, coeffs_rsc_triosy_lz, in1_rsc_dat, in1_rsc_triosy_lz, out1_rsc_dat,
      out1_rsc_triosy_lz
);
  input clk;
  input rst;
  input [511:0] coeffs_rsc_z;
  output coeffs_rsc_triosy_lz;
  input [15:0] in1_rsc_dat;
  output in1_rsc_triosy_lz;
  output [15:0] out1_rsc_dat;
  output out1_rsc_triosy_lz;



  // Interconnect Declarations for Component Instantiations 
  fir_core fir_core_inst (
      .clk(clk),
      .rst(rst),
      .coeffs_rsc_z(coeffs_rsc_z),
      .coeffs_rsc_triosy_lz(coeffs_rsc_triosy_lz),
      .in1_rsc_dat(in1_rsc_dat),
      .in1_rsc_triosy_lz(in1_rsc_triosy_lz),
      .out1_rsc_dat(out1_rsc_dat),
      .out1_rsc_triosy_lz(out1_rsc_triosy_lz)
    );
endmodule